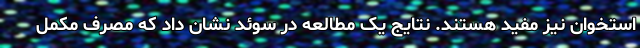
استخوان نیز مفید هستند. نتایج یک مطالعه در سوئد نشان داد که مصرف مکمل